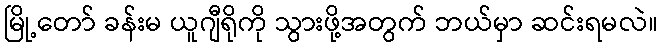
မြို့တော် ခန်းမ ယူဂျီရိုကို သွားဖို့အတွက် ဘယ်မှာ ဆင်းရမလဲ။